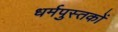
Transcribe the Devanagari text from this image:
धर्मपुस्तकों